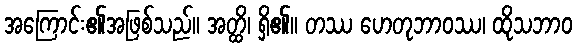
အကြောင်း၏အဖြစ်သည်။ အတ္ထိ၊ ရှိ၏။ တဿ ဟေတုဘာဝဿ၊ ထိုသဘာဝ